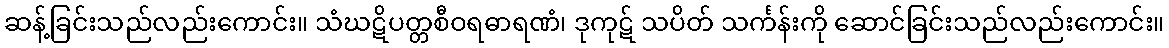
ဆန့်ခြင်းသည်လည်းကောင်း။ သံဃဋိပတ္တစီဝရဓာရဏံ၊ ဒုကုဋ် သပိတ် သင်္ကန်းကို ဆောင်ခြင်းသည်လည်းကောင်း။